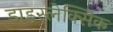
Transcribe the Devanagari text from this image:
डाइस्लेक्सिक